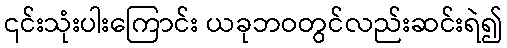
၎င်းသုံးပါးကြောင်း ယခုဘဝတွင်လည်းဆင်းရဲ၍